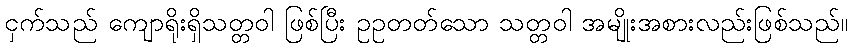
ငှက်သည် ကျောရိုးရှိသတ္တဝါ ဖြစ်ပြီး ဥဥတတ်သော သတ္တဝါ အမျိုးအစားလည်းဖြစ်သည်။